Newspaper: Polynesian. [volume]
Place of publication: Honolulu [Oahu], Hawaii
Publisher: [publisher not identified]
Date: 1860-03-17 00:00:00
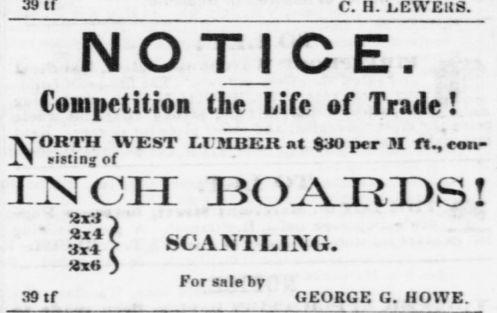
Advertisement text (OCR):
C. H. L.EWEUS. NOTICE. Competition the Life of Trade ! VORTII AVE ST H'MBKIl at $30 per M fteon- XI sisting of IISrCI-I BOAEDS ! : l4 3x4 i x SCANTLING. For sale by 39 tf GEORGE G. HOWE.
Label: text-only